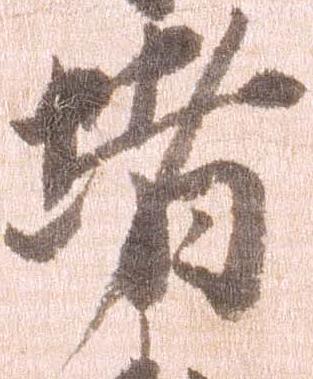
堵